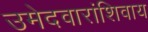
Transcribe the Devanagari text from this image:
उमेदवारांशिवाय